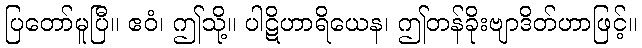
ပြတော်မူပြီ။ ဧဝံ၊ ဤသို့။ ပါဋိဟာရိယေန၊ ဤတန်ခိုးဗျာဒိတ်ဟာဖြင့်။